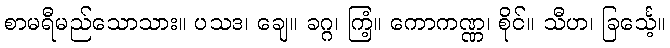
စာမရီမည်သောသား။ ပသဒ၊ ချေ။ ခဂ္ဂ၊ ကြံ့။ ကောကဏ္ဏ၊ စိုင်။ သီဟ၊ ခြင်္သေ့။